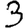
Digit: 3